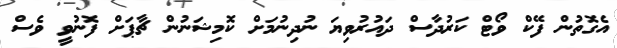
އެގޮތުން ފޭކް ވޯޓް ކަރުދާސް ދައުރުވިޔަ ނުދިނުމަށް ކޮމިޝަނުން ޗާޕަށް ފޮނުވީ ވެސް